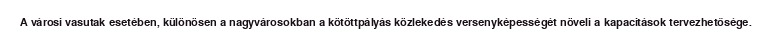
A városi vasutak esetében, különösen a nagyvárosokban a kötöttpályás közlekedés versenyképességét növeli a kapacitások tervezhetősége.